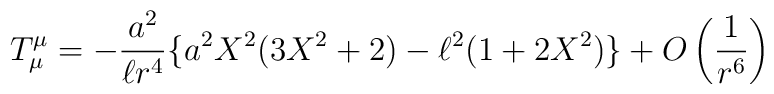
T_{\mu }^{\mu }=-\frac{a^{2}}{\ell r^{4}}\{a^{2}X^{2}(3X^{2}+2)-\ell^{2}(1+2X^{2})\}+O\left( \frac{1}{r^{6}}\right)